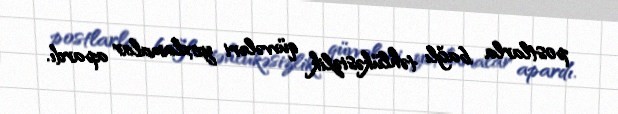
postlarla bağlı təhlükəsizlik qüvvələri yoxlamalar apardı.